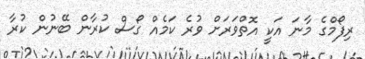
ރިފޯމްގެ މާނަ އަކީ އޮތްވަރަށް ވުރެ ކަމެއް ގޯސް ކުރާން ބޭނުން ކުރާ